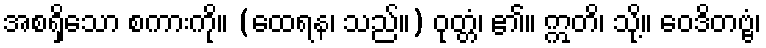
အစရှိသော စကားကို။ (ထေရန၊ သည်။) ဝုတ္တံ၊ ၏။ ဣတိ၊ သို့။ ဝေဒိတဗ္ဗံ၊